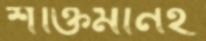
শক্তিমানই